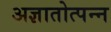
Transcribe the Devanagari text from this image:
अज्ञातोत्पन्न